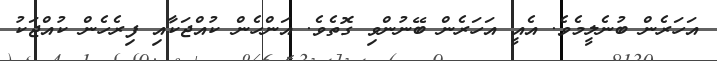
އަހަރެން ބުނެލީމެވެ. އެއީ އަހަރެން ބޭނުންވި ގޮތެވެ. އަންހެން ކުއްޖަކާއި ފިރެހެން ކުއްޖަކު